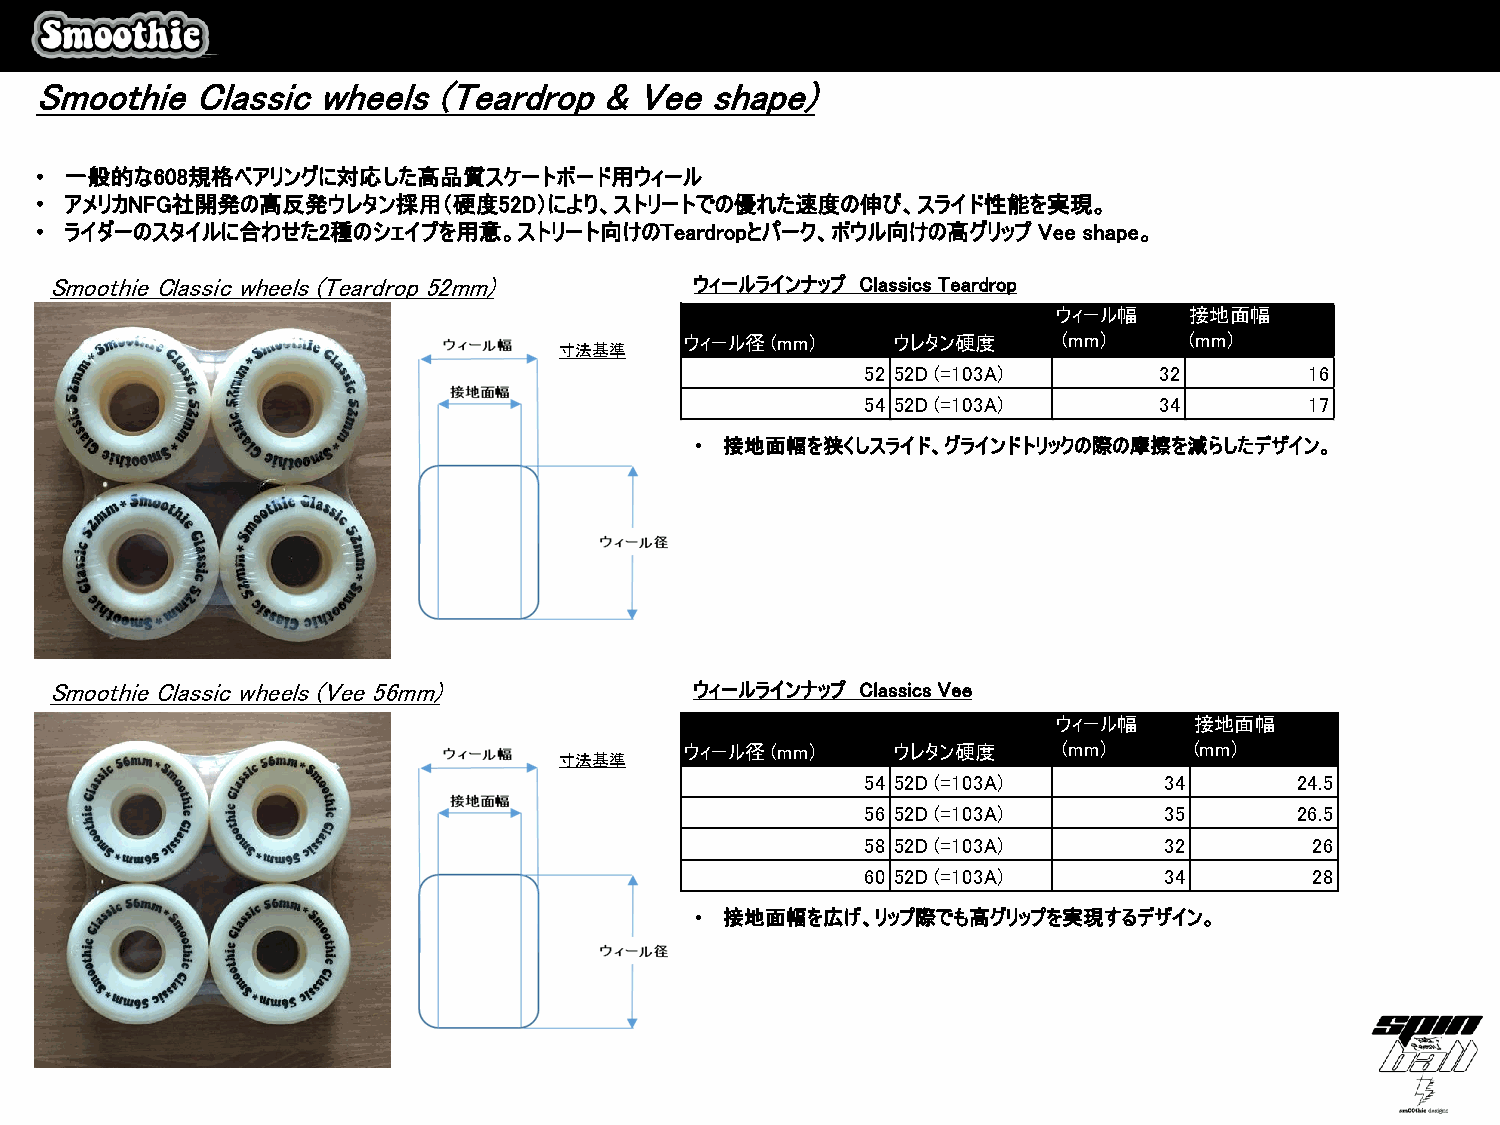
SmoothieClassic    wheels  (Teardrop  & Veeshape)
 • 一般的な608規格ベアリングに対応した高品質スケートボード用ウィール
 • アメリカNFG社開発の高反発ウレタン採用（硬度52D）により、ストリートでの優れた速度の伸び、スライド性能を実現。
 • ライダーのスタイルに合わせた2種のシェイプを用意。ストリート向けのTeardropとパーク、ボウル向けの高グリップ        Vee shape。
 Smoothie Classic wheels (Teardrop 52mm)    ウィールラインナップ ClassicsTeardrop
 ウィール幅    接地面幅
 ウィール径 (mm)    ウレタン硬度     (mm)     (mm)
 寸法基準
 52 52D (=103A)      32        16
 54 52D (=103A)      34        17
 • 接地面幅を狭くしスライド、グラインドトリックの際の摩擦を減らしたデザイン。
 Smoothie Classic wheels (Vee56mm)          ウィールラインナップ ClassicsVee
 ウィール幅    接地面幅
 ウィール径 (mm)    ウレタン硬度     (mm)     (mm)
 寸法基準
 54 52D (=103A)      34       24.5
 56 52D (=103A)      35       26.5
 58 52D (=103A)      32        26
 60 52D (=103A)      34        28
 • 接地面幅を広げ、リップ際でも高グリップを実現するデザイン。